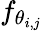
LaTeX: f_{\theta_{i,j}}